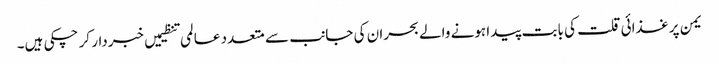
یمن پر غذائی قلت کی بابت پیدا ہونے والے بحران کی جانب سے متعدد عالمی تنظیمیں خبردار کر چکی ہیں۔